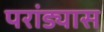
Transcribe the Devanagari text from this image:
परांड्यास